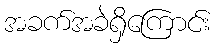
အခက်အခဲရှိကြောင်း